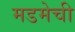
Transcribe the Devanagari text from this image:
मडमेची